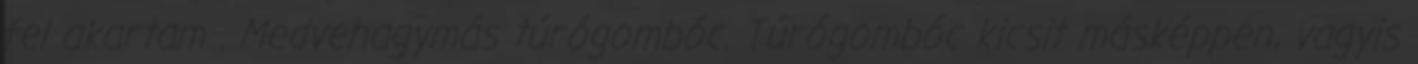
fel akartam . Medvehagymás túrógombóc. Túrógombóc kicsit másképpen, vagyis